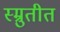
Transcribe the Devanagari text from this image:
स्म्रुतीत